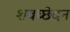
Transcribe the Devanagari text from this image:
शवच्छेदन